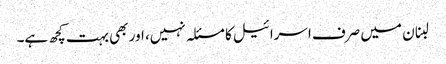
لبنان میں صرف اسرائیل کا مسئلہ نہیں، اور بھی بہت کچھ ہے۔